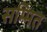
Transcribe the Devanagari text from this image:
सम्मित